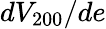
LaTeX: dV_{200}/de